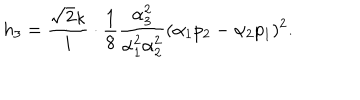
h _ { 3 } = \frac { \sqrt { 2 } \kappa } { i } \cdot \frac { 1 } { 8 } \frac { \alpha _ { 3 } ^ { 2 } } { \alpha _ { 1 } ^ { 2 } \alpha _ { 2 } ^ { 2 } } ( \alpha _ { 1 } p _ { 2 } - \alpha _ { 2 } p _ { 1 } ) ^ { 2 } .